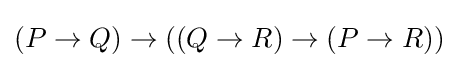
(P\to Q)\to ((Q\to R)\to (P\to R))